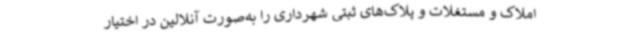
املاک و مستغلات و پلاک‌های ثبتی شهرداری را به‌صورت آنلالین در اختیار